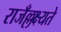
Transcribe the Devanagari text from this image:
राजँल्लक्ष्यते